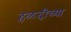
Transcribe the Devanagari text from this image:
हळदीच्या